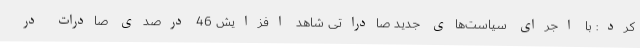
کرد: با اجرای سیاست‌های جدید صادراتی شاهد افزایش 46 درصدی صادرات در